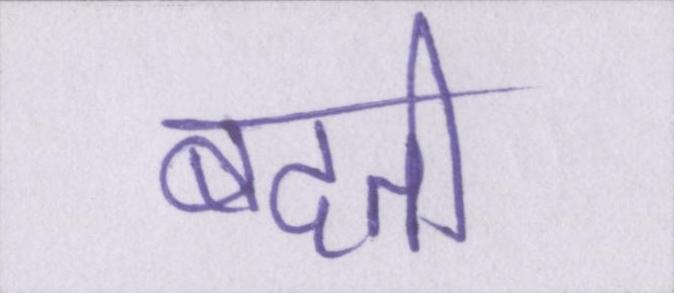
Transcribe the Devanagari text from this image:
बदती